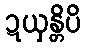
ဍယှန္တိပိ